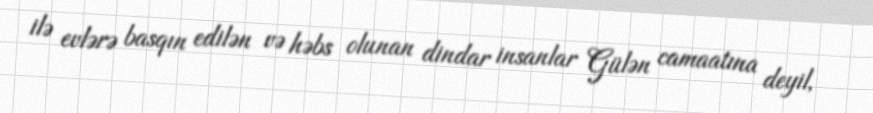
ilə evlərə basqın edilən və həbs olunan dindar insanlar Gülən camaatına deyil,